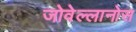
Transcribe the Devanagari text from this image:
जोवेल्लानोस